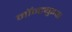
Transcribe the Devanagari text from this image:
मॉन्ट्युइक